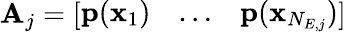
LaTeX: \mathbf{A}_{j}=\left[\begin{array}{lll}{\mathbf{p}(\mathbf{x}_{1})}&{\ldots}&{\mathbf{p}(\mathbf{x}_{N_{E,j}})}\end{array}\right]